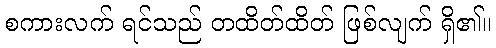
စကားလက် ရင်သည် တထိတ်ထိတ် ဖြစ်လျက် ရှိ၏။